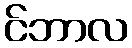
င်ဘာလ